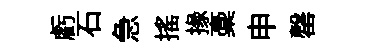
虧石急摇掾稾申罄